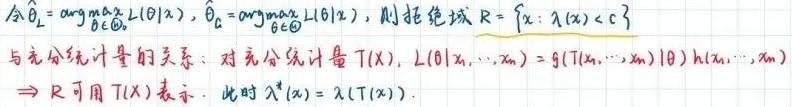
令$\hat{\theta}_{L}=\underset{\theta\in\Theta_{0}}{\arg\max}L(\theta|x)$，$\hat{\theta}_{G}=\underset{\theta\in\Theta}{\arg\max}L(\theta|x)$，则拒绝域$R = \{x: \lambda(x)<c\}$

与充分统计量的关系：对充分统计量$T(X)$，$L(\theta|x_{1},\cdots,x_{n}) = g(T(x_{1},\cdots,x_{n})|\theta)h(x_{1},\cdots,x_{n})$

$\Rightarrow R$可用$T(X)$表示. 此时$\lambda^{*}(x)=\lambda(T(x))$.